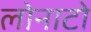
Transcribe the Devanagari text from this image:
लोनाटो